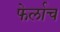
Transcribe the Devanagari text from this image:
फेर्लाच